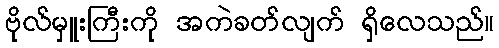
ဗိုလ်မှူးကြီးကို အကဲခတ်လျက် ရှိလေသည်။